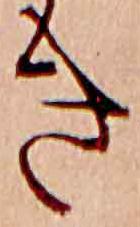
き